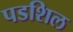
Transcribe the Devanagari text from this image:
पडशिल